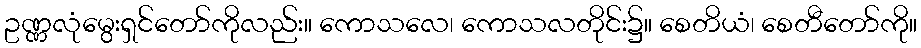
ဥဏ္ဏလုံမွေးရှင်တော်ကိုလည်း။ ကောသလေ၊ ကောသလတိုင်း၌။ စေတိယံ၊ စေတီတော်ကို။